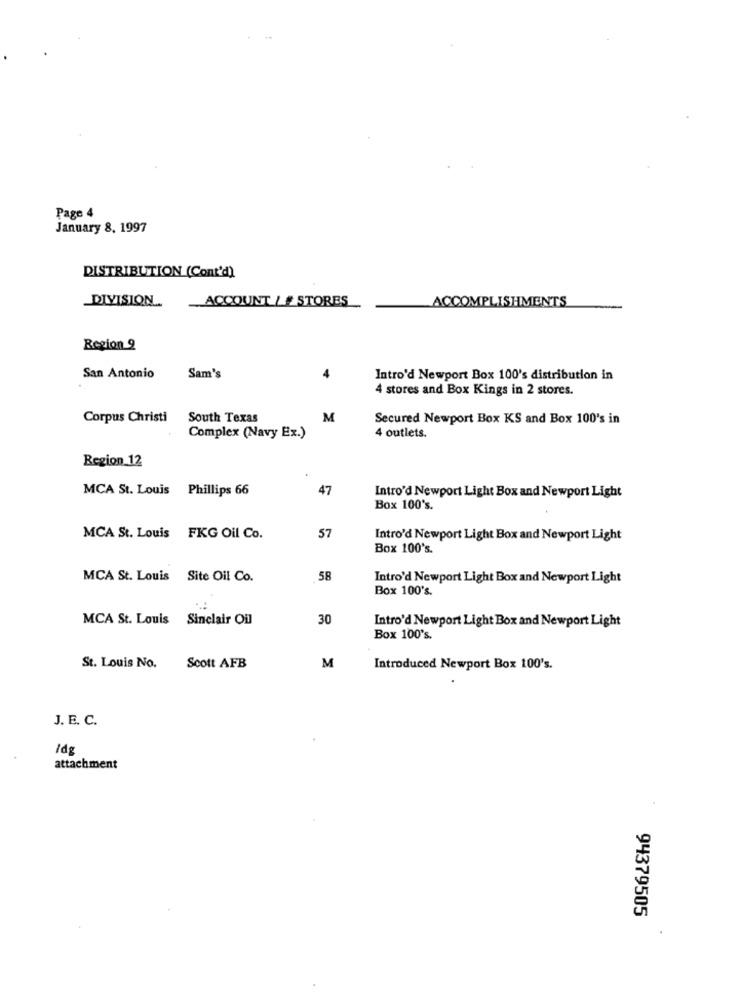
Page 4
January 8, 1997
DISTRIBUTION (Cont'd)
DIVISION ..
ACCOUNT LF STORES
ACCOMPLISHMENTS
Region 9
San Antonio
Sam's
Intro'd Newport Box 100's distribution in
4 stores and Box Kings in 2 stores.
Corpus Christi
South Texas
M
Secured Newport Box KS and Box 100's in
Complex (Navy Ex.)
4 outlets.
Region 12
MCA St. Louis Phillips 66
47
Intro'd Newport Light Box and Newport Light
Box 100's.
MCA St. Louis FKG Oil Co.
57
Intro'd Newport Light Box and Newport Light
Box 100's.
MCA St. Louis Site Oil Co.
58
Intro'd Newport Light Box and Newport Light
Box 100's.
MCA St. Louis Sinclair Oil
30
Intro'd Newport Light Box and Newport Light
Box 100's.
St. Louis No.
Scott AFB
M
Introduced Newport Box 100's.
J. E. C.
idg
attachment
94379505